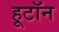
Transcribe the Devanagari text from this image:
हूटॉन